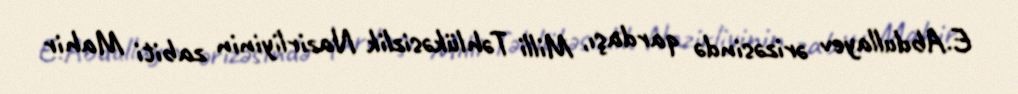
E.Abdullayev ərizəsində qardaşı, Milli Təhlükəsizlik Nazirliyinin zabiti Mahir